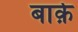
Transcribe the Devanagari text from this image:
बार्क़